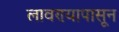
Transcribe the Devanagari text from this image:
लावण्यापासून